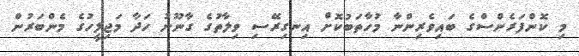
މި ކޮންފަރެންސްގެ ބައިވެރިންނާ މުހާތަބުކޮށް އިނގިރޭސި ވިލާތުގެ ގާނޫނު ހަދާ މަޖިލީހުގެ މެންބަރުން